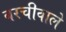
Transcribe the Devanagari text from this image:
बरचीवाले